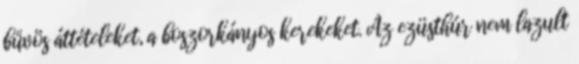
bűvös áttételeket, a boszorkányos kerekeket. Az ezüsthúr nem lazult